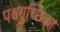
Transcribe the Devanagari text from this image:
पश्चगुच्छिका